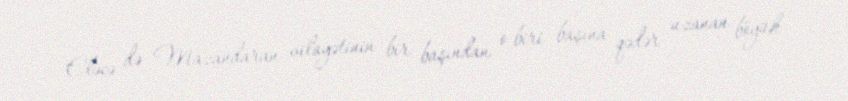
Eləcə də Mazandaran vilayətinin bir başından o biri başına qədər uzanan böyük